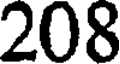
208